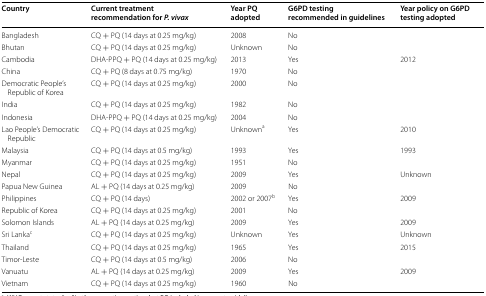
<table><thead><tr><td><b>Country</b></td><td><b>Current treatment recommendation for <i>P. vivax</i></b></td><td><b>Year PQ adopted</b></td><td><b>G6PD testing recommended in guidelines</b></td><td><b>Year policy on G6PD testing adopted</b></td></tr></thead><tbody><tr><td>Bangladesh</td><td>CQ + PQ (14 days at 0.25 mg/kg)</td><td>2008</td><td>No</td><td></td></tr><tr><td>Bhutan</td><td>CQ + PQ (14 days at 0.25 mg/kg)</td><td>Unknown</td><td>No</td><td></td></tr><tr><td>Cambodia</td><td>DHA-PPQ + PQ (14 days at 0.25 mg/kg)</td><td>2013</td><td>Yes</td><td>2012</td></tr><tr><td>China</td><td>CQ + PQ (8 days at 0.75 mg/kg)</td><td>1970</td><td>No</td><td></td></tr><tr><td>Democratic People’s Republic of Korea</td><td>CQ + PQ (14 days at 0.25 mg/kg)</td><td>2000</td><td>No</td><td></td></tr><tr><td>India</td><td>CQ + PQ (14 days at 0.25 mg/kg)</td><td>1982</td><td>No</td><td></td></tr><tr><td>Indonesia</td><td>DHA-PPQ + PQ (14 days at 0.25 mg/kg)</td><td>2004</td><td>No</td><td></td></tr><tr><td>Lao People’s Democratic Republic</td><td>CQ + PQ (14 days at 0.25 mg/kg)</td><td>Unknown<sup>a</sup></td><td>Yes</td><td>2010</td></tr><tr><td>Malaysia</td><td>CQ + PQ (14 days at 0.5 mg/kg)</td><td>1993</td><td>Yes</td><td>1993</td></tr><tr><td>Myanmar</td><td>CQ + PQ (14 days at 0.25 mg/kg)</td><td>1951</td><td>No</td><td></td></tr><tr><td>Nepal</td><td>CQ + PQ (14 days at 0.25 mg/kg)</td><td>2009</td><td>Yes</td><td>Unknown</td></tr><tr><td>Papua New Guinea</td><td>AL + PQ (14 days at 0.25 mg/kg)</td><td>2009</td><td>No</td><td></td></tr><tr><td>Philippines</td><td>CQ + PQ (14 days)</td><td>2002 or 2007<sup>b</sup></td><td>Yes</td><td>2009</td></tr><tr><td>Republic of Korea</td><td>CQ + PQ (14 days at 0.25 mg/kg)</td><td>2001</td><td>No</td><td></td></tr><tr><td>Solomon Islands</td><td>AL + PQ (14 days at 0.25 mg/kg)</td><td>2009</td><td>Yes</td><td>2009</td></tr><tr><td>Sri Lanka<sup>c</sup></td><td>CQ + PQ (14 days at 0.25 mg/kg)</td><td>Unknown</td><td>Yes</td><td>Unknown</td></tr><tr><td>Thailand</td><td>CQ + PQ (14 days at 0.25 mg/kg)</td><td>1965</td><td>Yes</td><td>2015</td></tr><tr><td>Timor-Leste</td><td>CQ + PQ (14 days at 0.5 mg/kg)</td><td>2006</td><td>No</td><td></td></tr><tr><td>Vanuatu</td><td>AL + PQ (14 days at 0.25 mg/kg)</td><td>2009</td><td>Yes</td><td>2009</td></tr><tr><td>Vietnam</td><td>CQ + PQ (14 days at 0.25 mg/kg)</td><td>1960</td><td>No</td><td></td></tr></tbody></table>